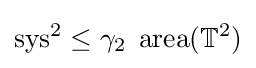
\operatorname {sys} ^{2}\leq \gamma _{2}\;\operatorname {area} (\mathbb {T} ^{2})